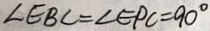
\angle E B C = \angle E P C = 9 0 ^ { \circ }